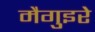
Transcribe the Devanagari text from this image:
मैगुइरे